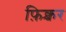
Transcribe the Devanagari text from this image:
फ़िक्चर